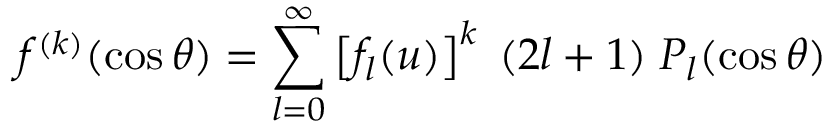
f ^ { ( k ) } ( \cos \theta ) = \sum _ { l = 0 } ^ { \infty } \left[ f _ { l } ( u ) \right] ^ { k } \; ( 2 l + 1 ) \; P _ { l } ( \cos \theta )